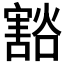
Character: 𫴓